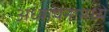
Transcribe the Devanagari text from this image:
अध्यापनामध्ये